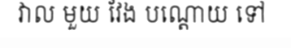
វាល មួយ វែង បណ្តោយ ទៅ